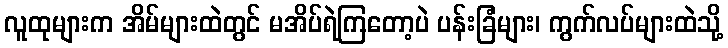
လူထုများက အိမ်များထဲတွင် မအိပ်ရဲကြတော့ပဲ ပန်းခြံများ၊ ကွက်လပ်များထဲသို့